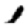
Digit: 1